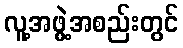
လူ့အဖွဲ့အစည်းတွင်